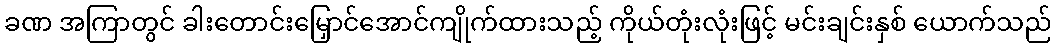
ခဏ အကြာတွင် ခါးတောင်းမြှောင်အောင်ကျိုက်ထားသည့် ကိုယ်တုံးလုံးဖြင့် မင်းချင်းနှစ် ယောက်သည်